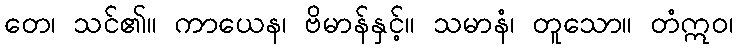
တေ၊ သင်၏။ ကာယေန၊ ဗိမာန်နှင့်။ သမာနံ၊ တူသော။ တံဣဝ၊